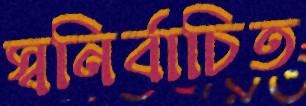
স্বনির্বাচিত